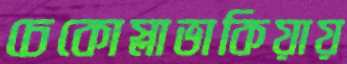
চেকোস্লাভাকিয়ায়